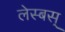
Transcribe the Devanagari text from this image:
लेस्बस्